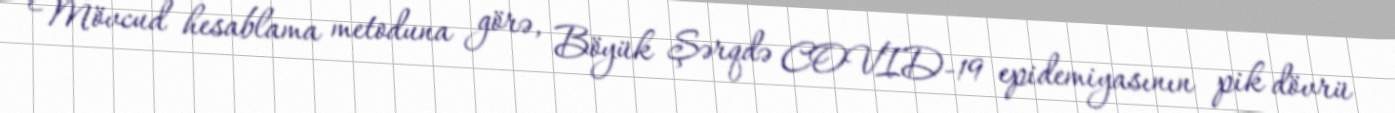
Mövcud hesablama metoduna görə, Böyük Şərqdə COVID-19 epidemiyasının pik dövrü